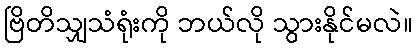
ဗြိတိသျှသံရုံးကို ဘယ်လို သွားနိုင်မလဲ။